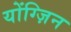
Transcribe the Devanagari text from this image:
योंग्ज़िन